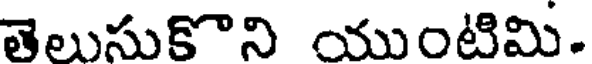
తెలుసుకొని యుంటిమి.